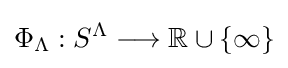
\Phi _{\Lambda }:S^{\Lambda }\longrightarrow \mathbb {R} \cup \{\infty \}